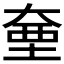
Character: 𭑗